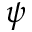
\psi